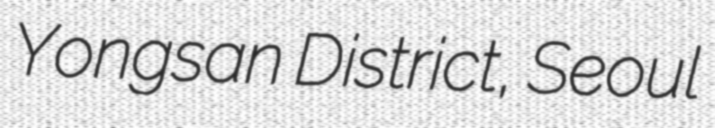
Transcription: Yongsan District, Seoul